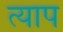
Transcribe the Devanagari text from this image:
त्याप